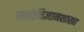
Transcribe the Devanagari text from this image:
मनोविज्ञानशाखा